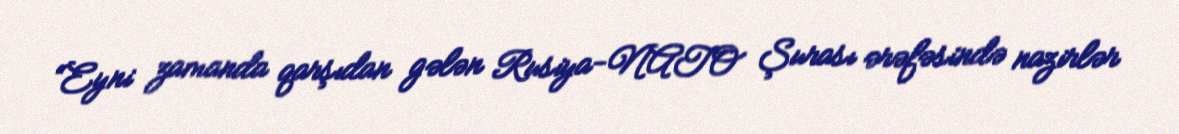
“Eyni zamanda qarşıdan gələn Rusiya-NATO Şurası ərəfəsində nazirlər